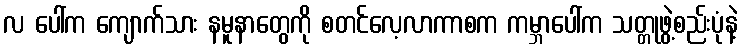
လ ပေါ်က ကျောက်သား နမူနာတွေကို စတင်လေ့လာကာစက ကမ္ဘာပေါ်က သတ္တုဖွဲ့စည်းပုံနဲ့